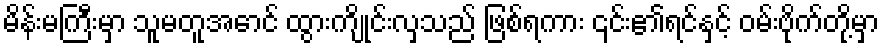
မိန်းမကြီးမှာ သူမတူအောင် ထွားကျိုင်းလှသည် ဖြစ်ရကား ၎င်း၏ရင်နှင့် ဝမ်းဗိုက်တို့မှာ